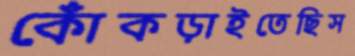
কোঁকড়াইতেছিস